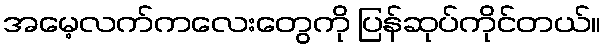
အမေ့လက်ကလေးတွေကို ပြန်ဆုပ်ကိုင်တယ်။